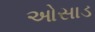
ઓસાડ